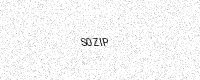
Text: S0ZIP